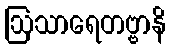
ဩသာရေတဗ္ဗာနိ